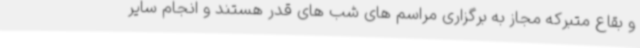
و بقاع متبرکه مجاز به برگزاری مراسم های شب های قدر هستند و انجام سایر